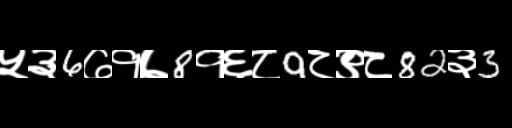
Text: ५३6७१७8१६८9८९८82३3